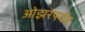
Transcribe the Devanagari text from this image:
ओझरपर्यंत